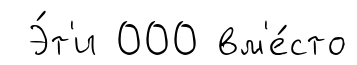
Э́т'и 000 вм'е́сто